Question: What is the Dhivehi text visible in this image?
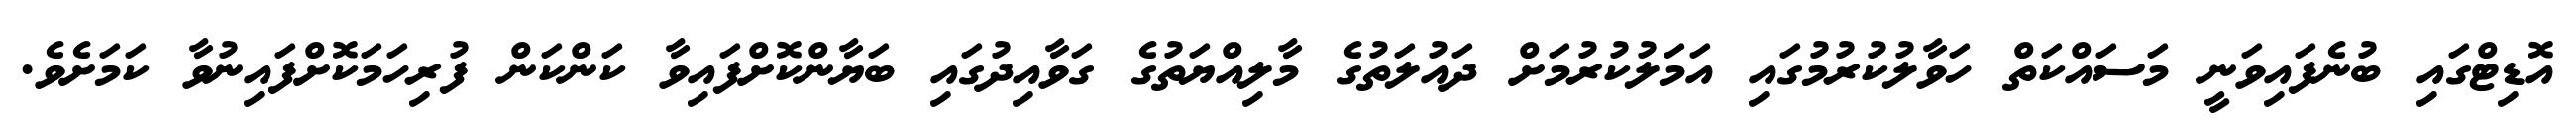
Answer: އޮޑިޓްގައި ބުނެފައިވަނީ މަސައްކަތް ހަވާލުކުރުމުގައި އަމަލުކުރުމަށް ދައުލަތުގެ މާލިއްޔަތުގެ ގަވާއިދުގައި ބަޔާންކޮށްފައިވާ ކަންކަން ފުރިހަމަކޮށްފައިނުވާ ކަމަށެވެ.